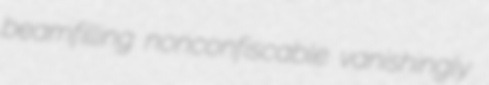
beamfilling nonconfiscable vanishingly